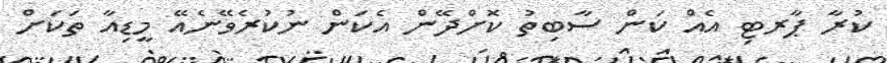
ކުރާ ޕާރޓި އެއް ކަން ސާބިތު ކޮށްދޭން އެކަން ނުކުރެވޭނެއޭ މީޑިއާ ތަކަށް